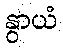
နွာယံ